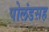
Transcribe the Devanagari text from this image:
पोलंडसह